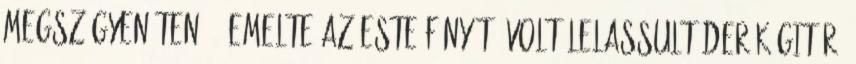
megszégyenítené - emelte az este fényét. Volt lelassult derék-gitár,